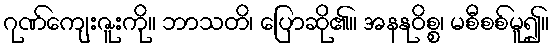
ဂုဏ်ကျေးဇူးကို။ ဘာသတိ၊ ပြောဆို၏။ အနနုဝိစ္စ၊ မစီစစ်မူ၍။